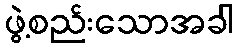
ဖွဲ့စည်းသောအခါ